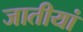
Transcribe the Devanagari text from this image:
जातीयां